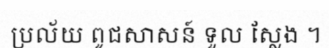
ប្រល័យ ពូជសាសន៍ ទួល ស្លែង ។